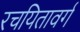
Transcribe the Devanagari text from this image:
रचयितावर्ग